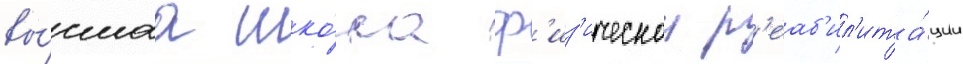
вы́сшаа шко́ла ф'из'ическои р'еаб'ил'ита́ции